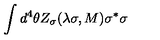
\int d ^ { 4 } \theta Z _ { \sigma } ( \lambda \sigma , M ) \sigma ^ { * } \sigma